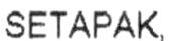
SETAPAK,